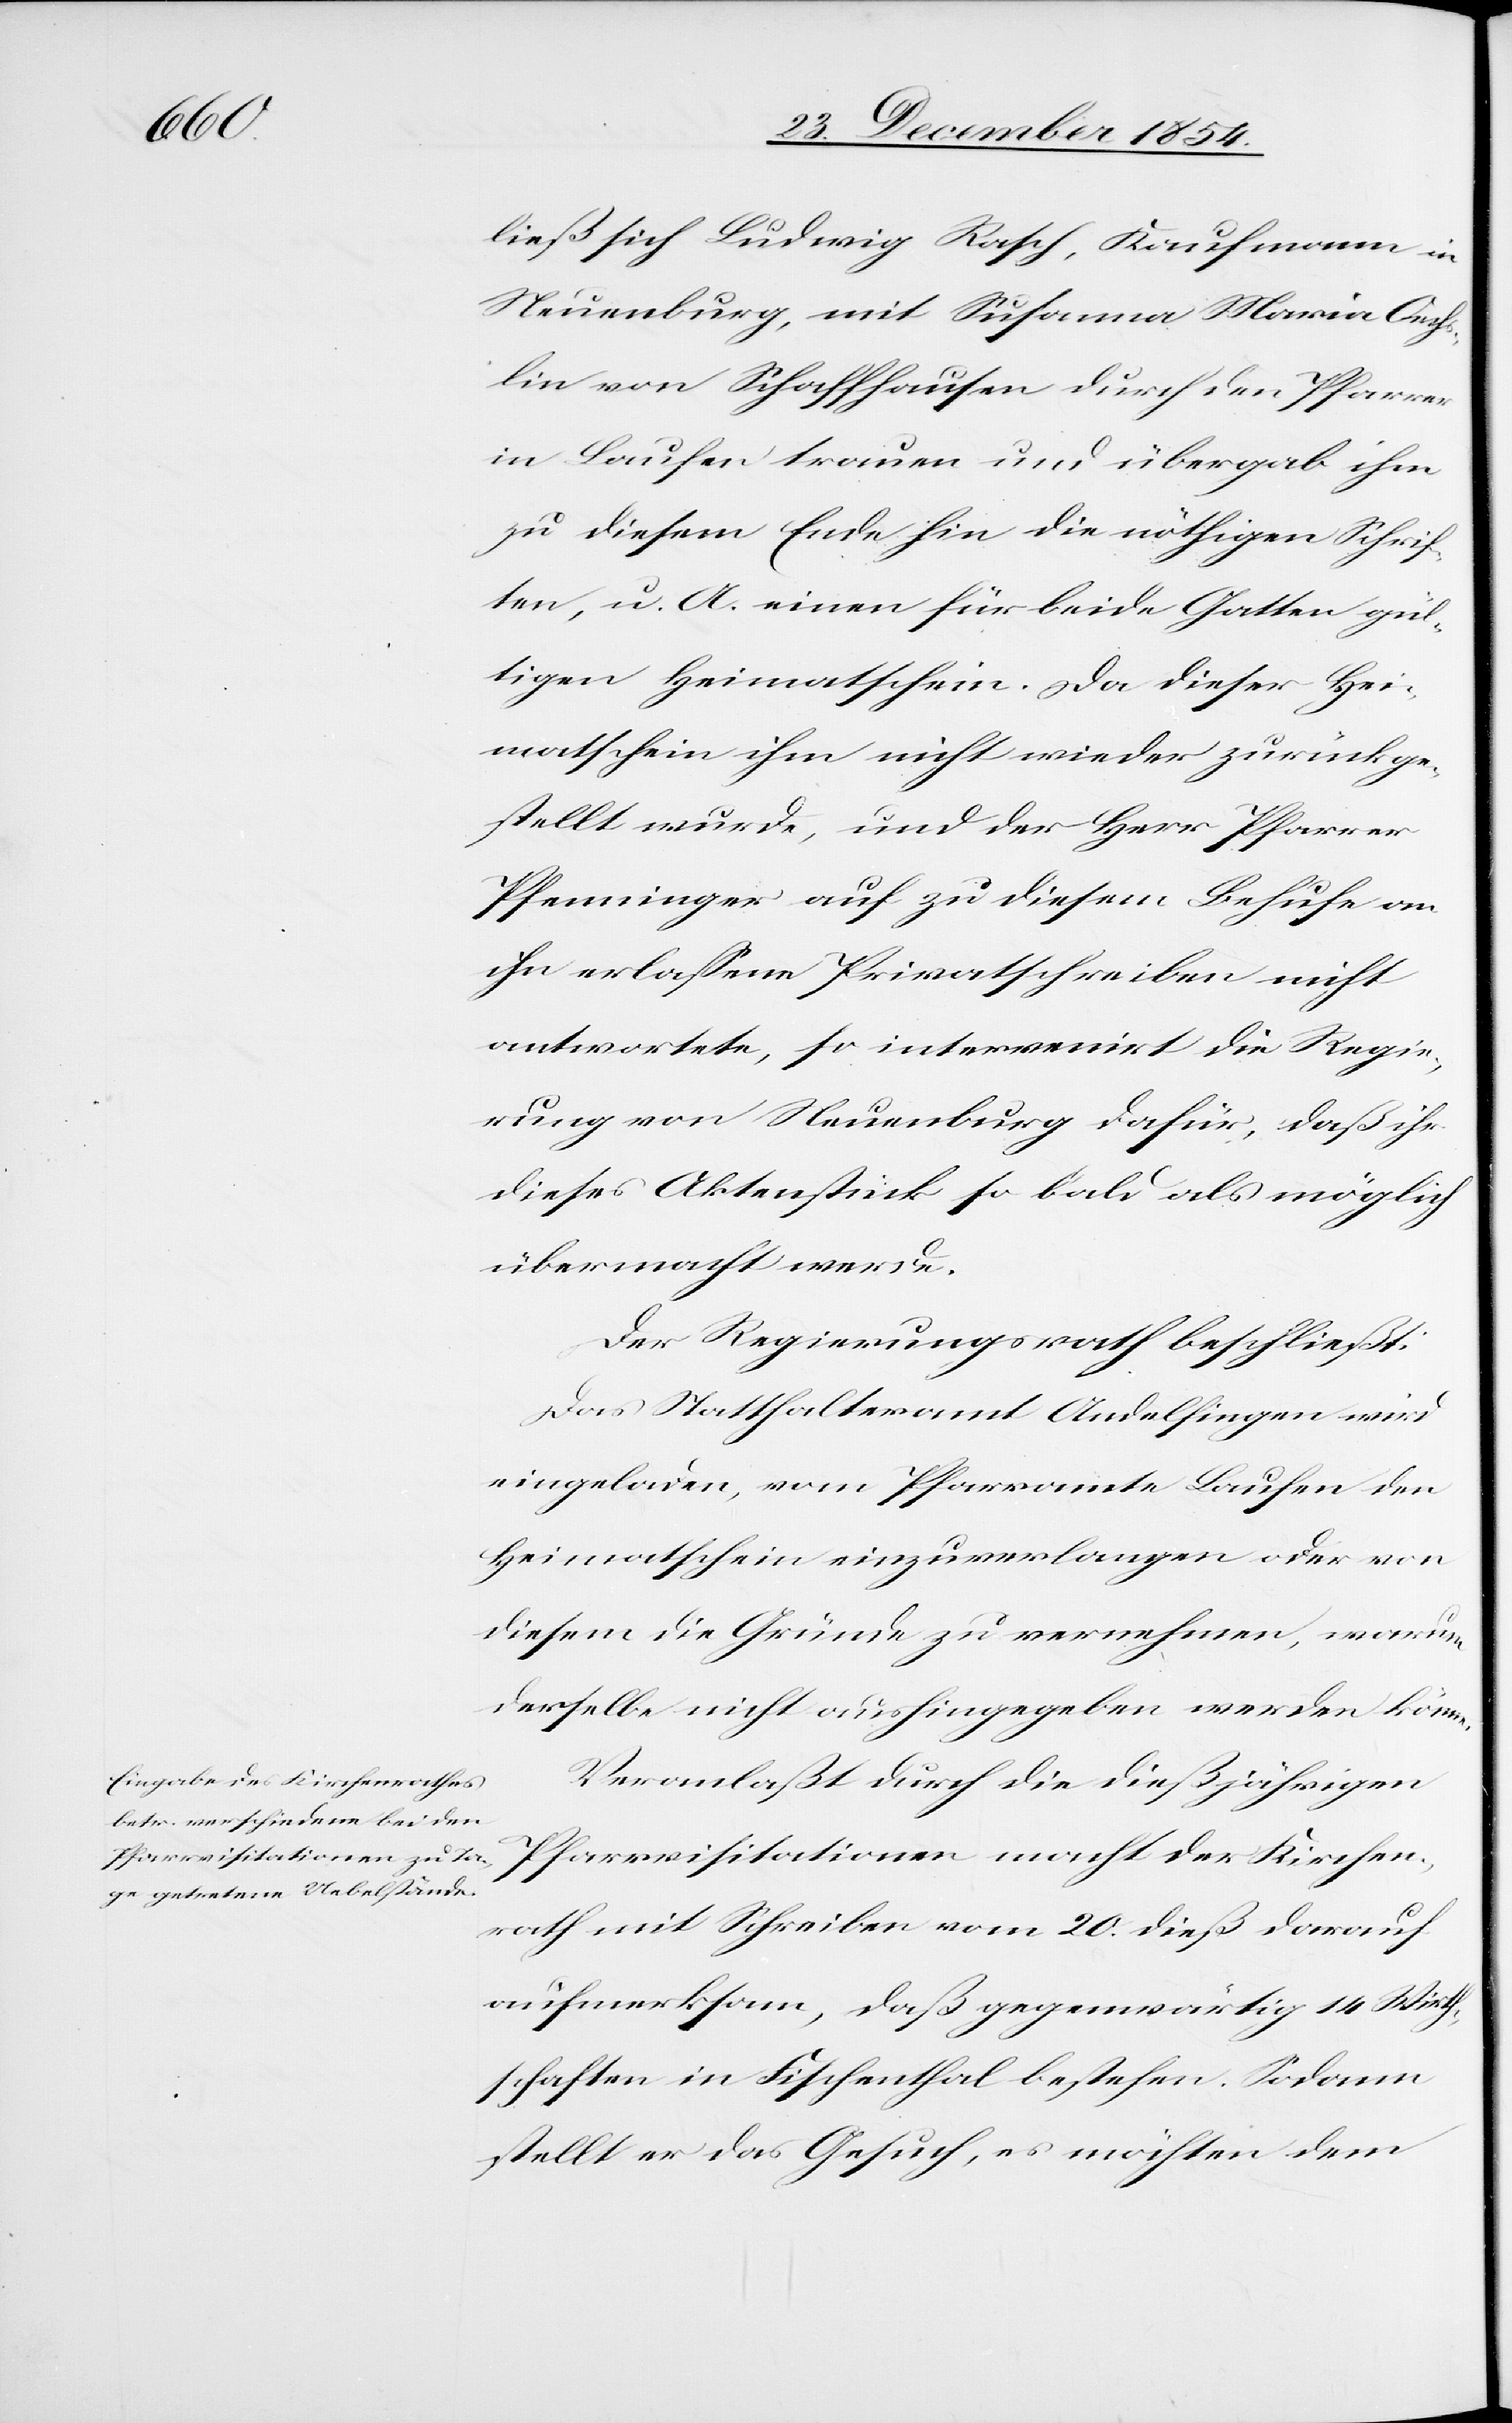
ließ sich Ludwig Rasch, Kaufmann in
Neuenburg, mit Susanna Maria Oechs¬
lin von Schaffhausen durch den Pfarrer
in Laufen trauen und übergab ihm
zu diesem Ende hin die nöthigen Schrif¬
ten, u. A. einen für beide Gatten gül¬
tigen Heimatschein. Da dieser Hei¬
matschein ihm nicht wieder zurückge¬
stellt wurde, und der Herr Pfarrer
Pfenninger auf zu diesem Behufe an
ihn erlaßene Privatschreiben nicht
antwortete, so intervenirt die Regie¬
rung von Neuenburg dafür, daß ihr
dieses Aktenstück so bald als möglich
übermacht werde.
Der Regierungsrath beschließt:
Das Statthalteramt Andelfingen wird
eingeladen, vom Pfarramte Laufen den
Heimatschein einzuverlangen oder von
diesem die Gründe zu vernehmen, warum
derselbe nicht aushingegeben werden könne.
Veranlaßt durch die dießjährigen
Pfarrvisitationen macht der Kirchen¬
rath mit Schreiben vom 20. dieß darauf
aufmerksam, daß gegenwärtig 14 Wirth¬
schaften in Fischenthal bestehen. Sodann
stellt er das Gesuch, es möchten dem